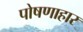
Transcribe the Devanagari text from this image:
पोषणाहार